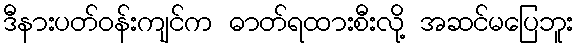
ဒီနားပတ်ဝန်းကျင်က ဓာတ်ရထားစီးလို့ အဆင်မပြေဘူး